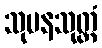
သုမနသုတ္တံ